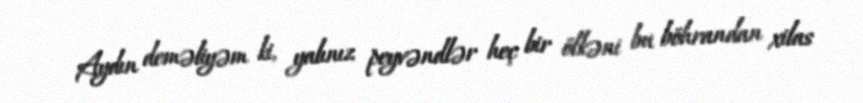
Aydın deməliyəm ki, yalınız peyvəndlər heç bir ölkəni bu böhrandan xilas